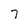
Character: 7